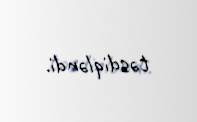
təsdiqləndi.